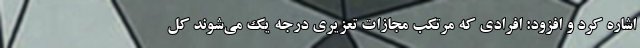
اشاره کرد و افزود: افرادی که مرتکب مجازات تعزیری درجه یک می‌شوند کل